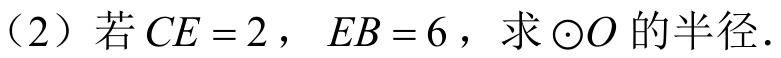
(2) 若\(CE = 2\)，\(EB = 6\)，求\(\odot O\)的半径.